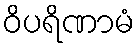
ဝိပရိဏာမံ